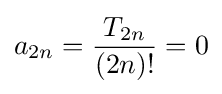
a_{2n}={\frac {T_{2n}}{(2n)!}}=0